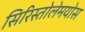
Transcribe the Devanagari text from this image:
सिरिस्तोलेमयोस